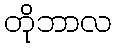
တိုဘာလ